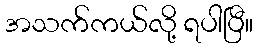
အသက်ကယ်လို့ ရပါပြီ။